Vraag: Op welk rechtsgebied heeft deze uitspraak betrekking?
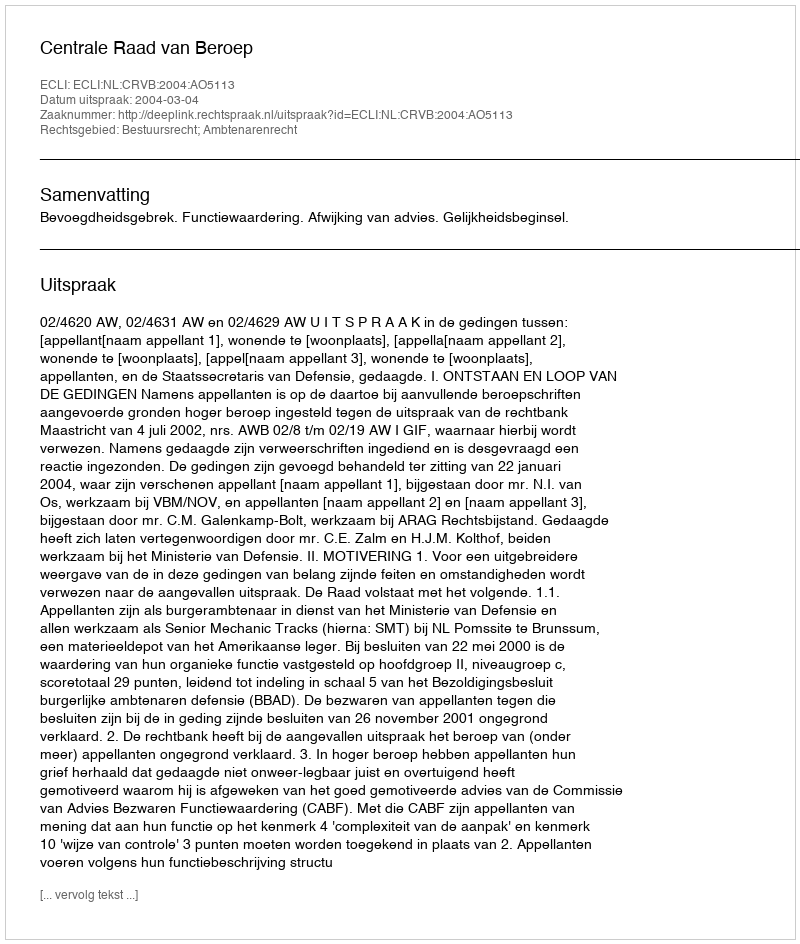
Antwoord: Bestuursrecht; Ambtenarenrecht